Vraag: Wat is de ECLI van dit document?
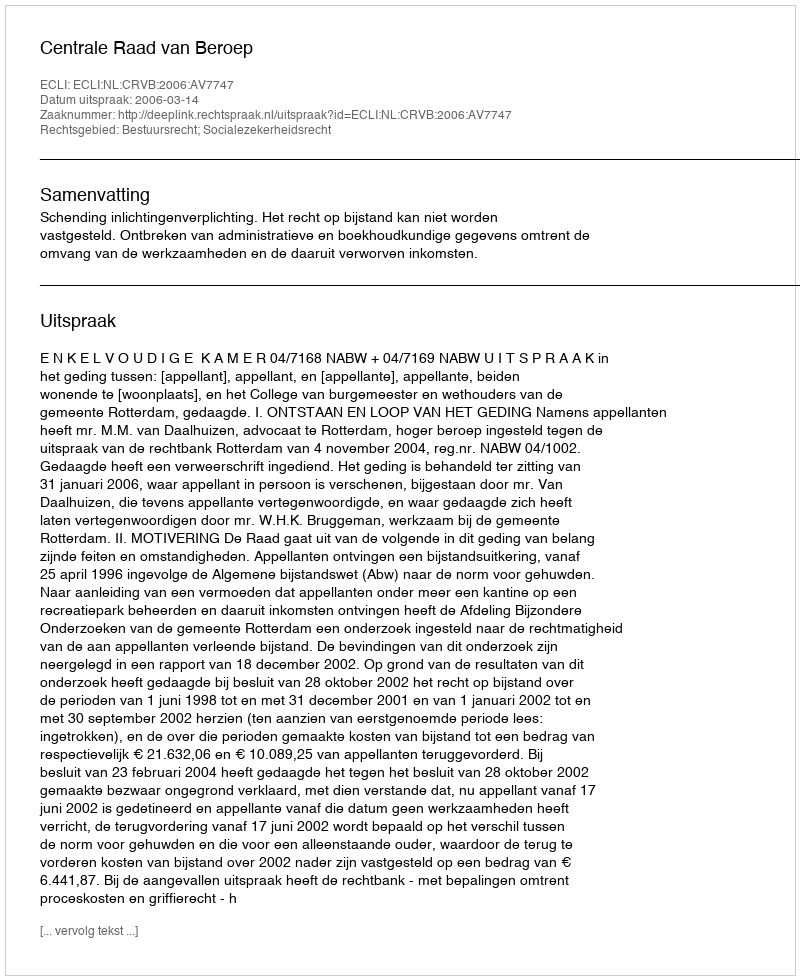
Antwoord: ECLI:NL:CRVB:2006:AV7747